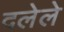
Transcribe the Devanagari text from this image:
दलेले